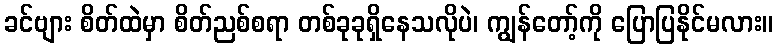
ခင်ဗျား စိတ်ထဲမှာ စိတ်ညစ်စရာ တစ်ခုခုရှိနေသလိုပဲ၊ ကျွန်တော့်ကို ပြောပြနိုင်မလား။